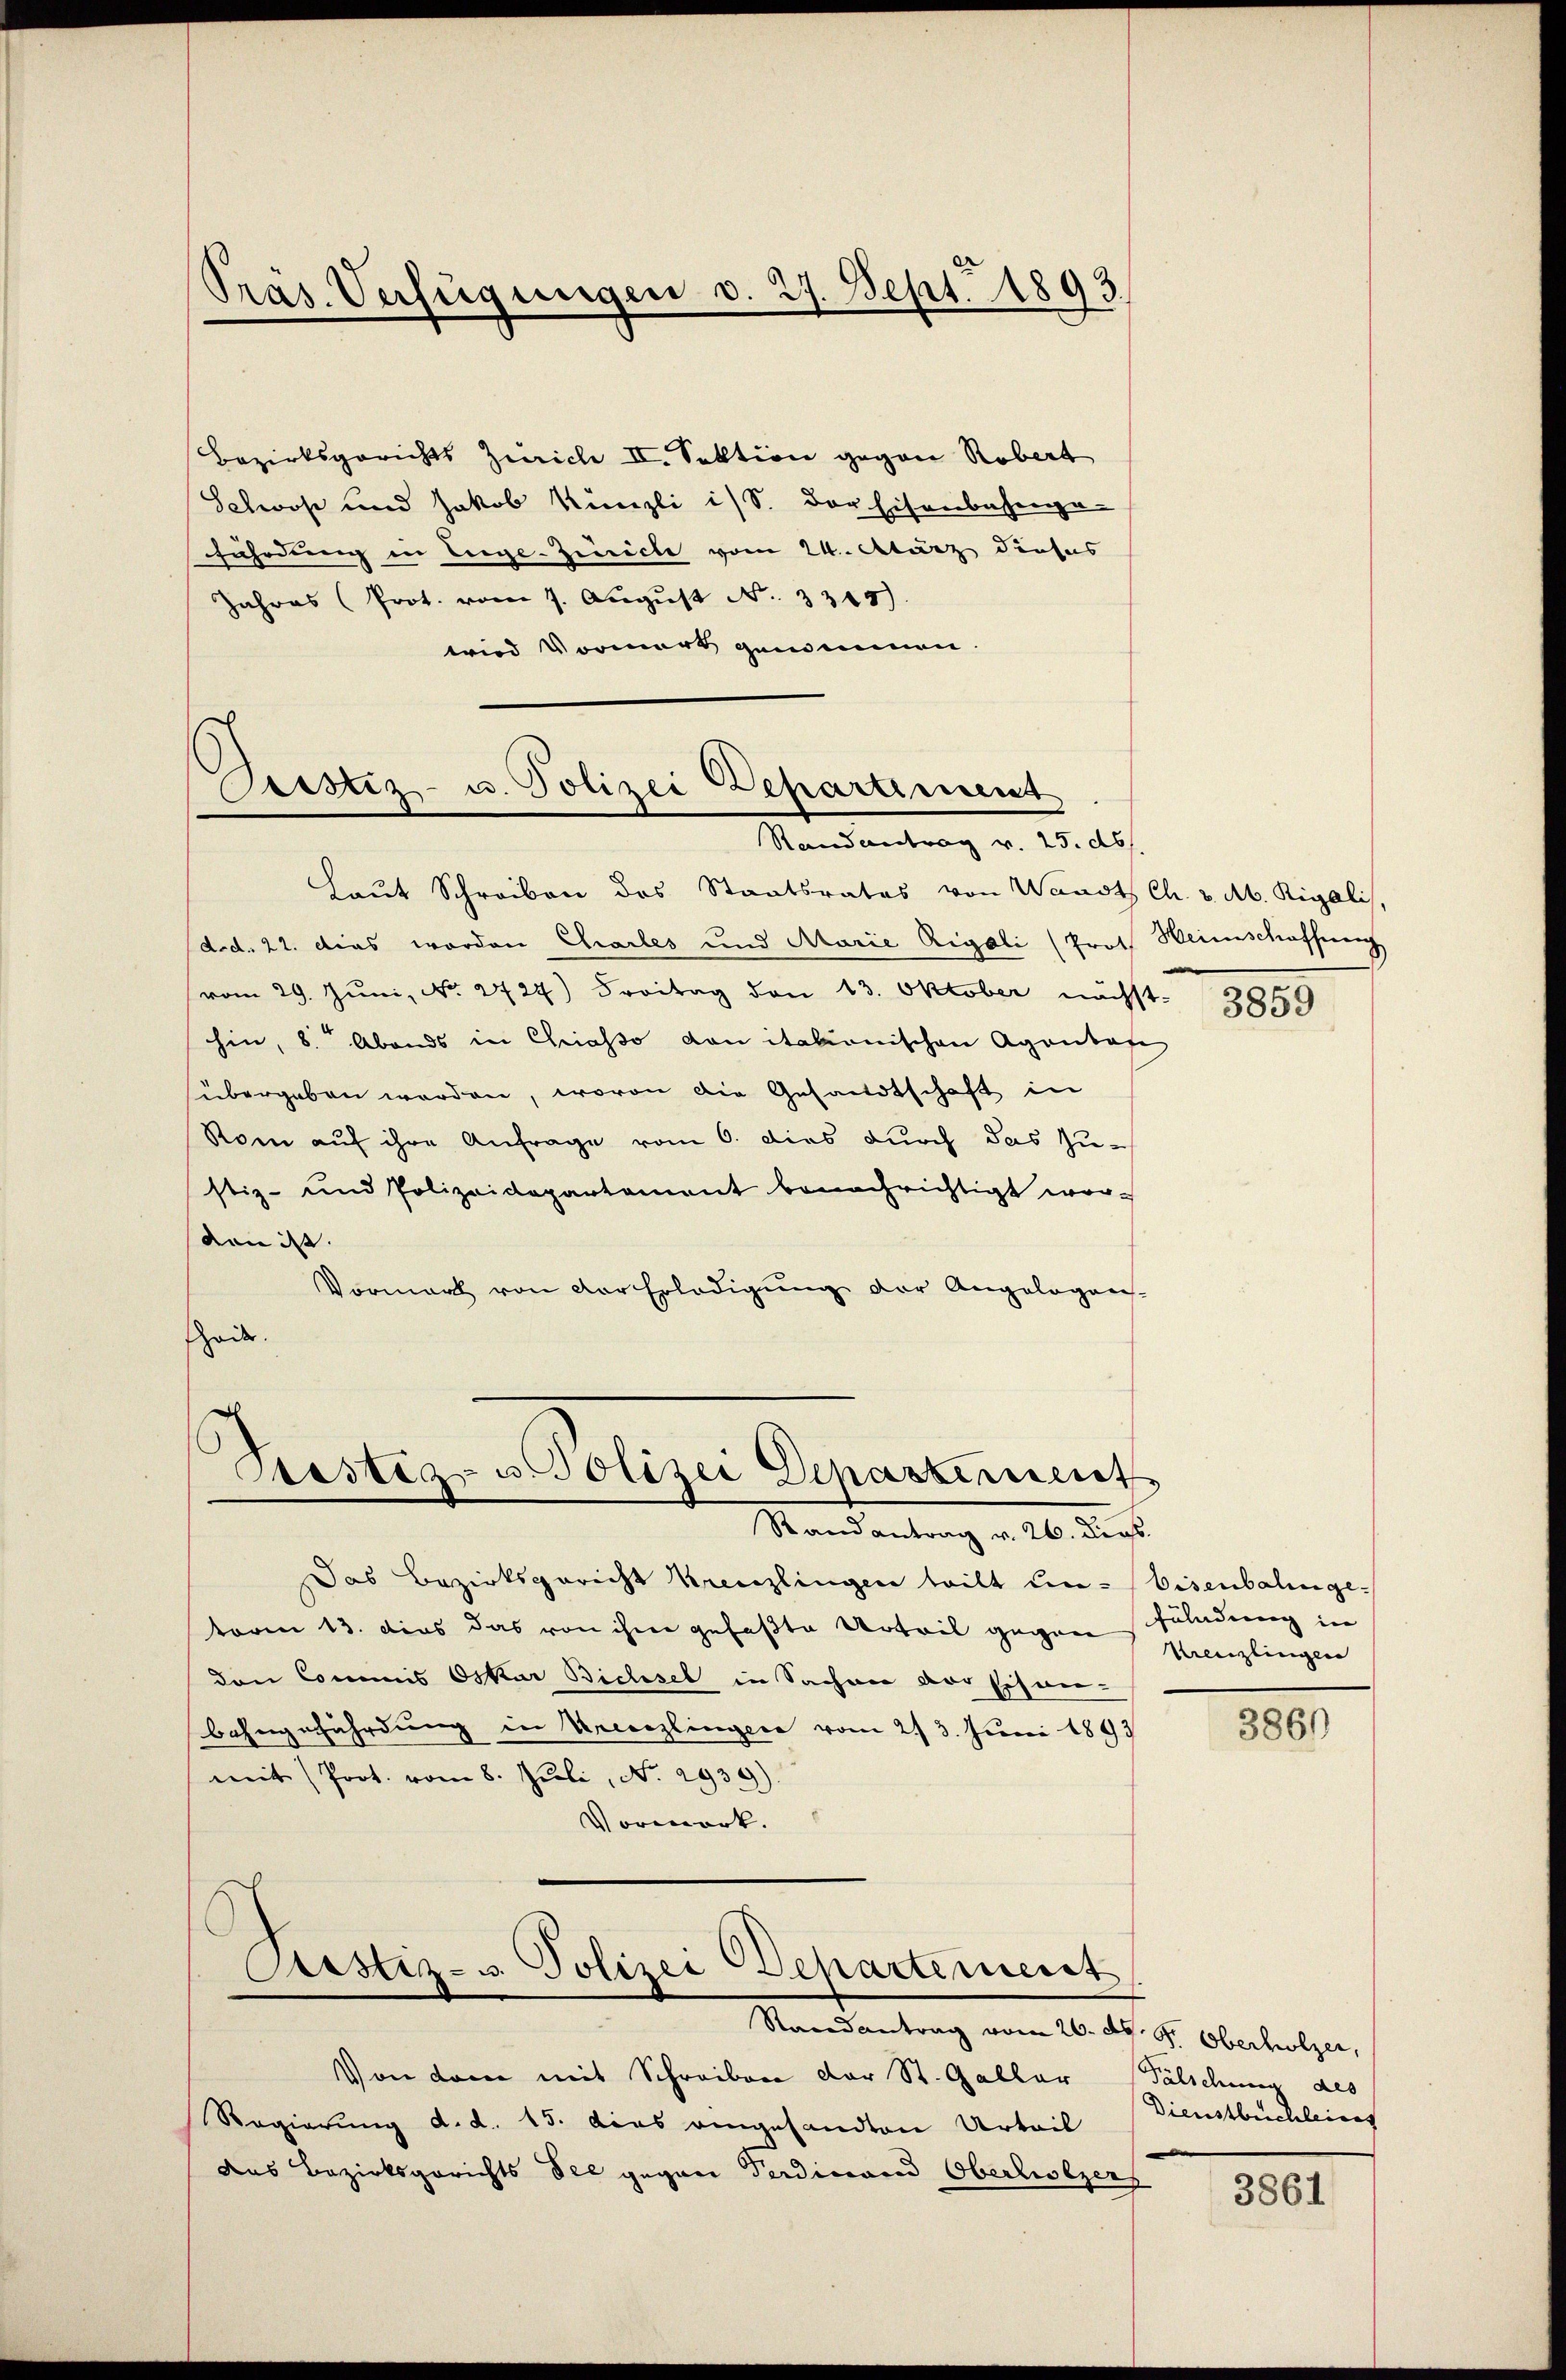
Bezirksgerichts Zürich II. Sektion gegen Robert
Schoß und Jakob Künzli ist. der Eisenbahnga-
fährdung in Liege-Zürich vom 24. März dieses
Jahres (Prot. vom 7. Aŭgŭst No. 3315).
wird Vormerk genommen.

Präs. Verfügungen d. 27. Sept. 1893.

Berstiz- u. Polizei Departiment
Randantrag v. 25. ds.

Laut Schreiben des Staatsrates von Waadt Ch. v. Ab. Rigalis,
d.d. 22. dies worden Charles und Marie Rigoli (Prot. Weinschaffnung
vom 29. Juni, No. 2727) Freitag den 13. Oktober nächst-
hin, 8. Abends in Chriasso von italionischen Agentafe
übergeben worden, wovon die Gesandtschaft in
Rom auf ihre Anfrage vom 6. dies durch das zustiz- und Polizeidepartament benachrichtigt wor-
den ist. |
Vormark von der Erledigung der Angelegen-
sheit.

Das Bezirksgericht Kreuzlingen tritt un-Eisenbalingetoren 13. dies das von ihrer gefaßte Urteil gegen Erladung in
den Commis Oskar Bichsel in Sachen der Eisen-
Bahngefährdung in Urccezlingere vom 2. 3. Juni 1893
mit Prot. vom 8. Juli, No. 2939).
Vormerk.

Randantrag vom 26. dh. Pr. Oberholzer,
Von dem mit Schreiben der St. Galler Fälschung des
Regierung d. d. 15. das eingesandten Urteil
das Bezirksgerichts Oel gegen Verdinand Oberlitzers

Stestiz- u. Polizei Departiererst
Randantrag v. 26. dies

Justiz- u. Polizei Departement

885

Kreuzlingen

3860

Dienstbuchleines

3861